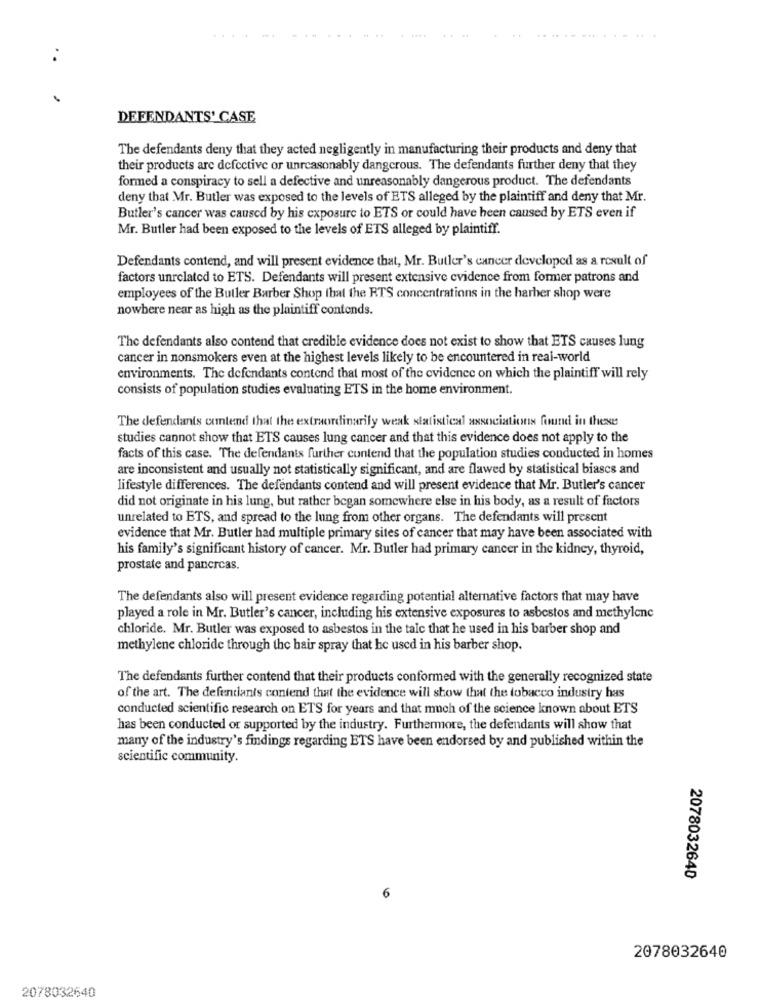
DEFENDANTS' CASE
The defendants deny that they acted negligently in manufacturing their products and deny that
their products are defective or unreasonably dangerous. The defendants further deny that they
formed a conspiracy to sell a defective and unreasonably dangerous product. The defendants
deny that Mr. Butler was exposed to the levels of ETS alleged by the plaintiff and deny that Mr.
Butler's cancer was caused by his exposure to ETS or could have been caused by ETS even if
Mr. Butler had been exposed to the levels of ETS alleged by plaintiff.
Defendants contend, and will present evidence that, Mr. Butler's cancer developed as a result of
factors unrelated to ETS. Defendants will present extensive evidence from former patrons and
employees of the Butler Barber Shop that the RTS concentrations in the harher shop were
nowhere near as high as the plaintiff contends.
The defendants also contend that credible evidence does not exist to show that ETS causes lung
cancer in nonsmokers even at the highest levels likely to be encountered in real-world
environments. The defendants contend that most of the evidence on which the plaintiff will rely
consists of population studies evaluating ETS in the home environment.
The defendants contend that the extraordinarily weak statistical associations found in these
studies cannot show that ETS causes lung cancer and that this evidence does not apply to the
facts of this case. The defendants further contend that the population studies conducted in homes
are inconsistent and usually not statistically significant, and are flawed by statistical biascs and
lifestyle differences. The defendants contend and will present evidence that Mr. Butler's cancer
did not originate in his lung, but rather began somewhere else in his body, as a result of factors
unrelated to ETS, and spread to the lung from other organs. The defendants will present
evidence that Mr. Butler had multiple primary sites of cancer that may have been associated with
his family's significant history of cancer. Mr. Butler had primary cancer in the kidney, thyroid,
prostate and pancreas.
The defendants also will present evidence regarding potential alternative factors that may have
played a role in Mr. Butler's cancer, including his extensive exposures to asbestos and methylene
chloride. Mr. Butler was exposed to asbestos in the tale that he used in his barber shop and
methylene chloride through the hair spray that he used in his barber shop.
The defendants further contend that their products conformed with the generally recognized state
of the art. The defendants contend that the evidence will show that the tobacco industry has
conducted scientific research on ETS for years and that much of the science known about ETS
has been conducted or supported by the industry. Furthermore, the defendants will show that
many of the industry's findings regarding ETS have been endorsed by and published within the
scientific community.
2078032640
2078032640
2078032640